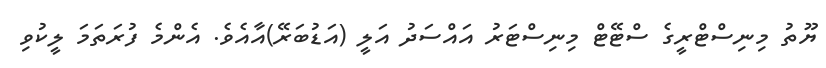
ޔޫތު މިނިސްޓްރީގެ ސްޓޭޓް މިނިސްޓަރު އައްސަދު އަލީ (އަޑުބަރޭ)އާއެވެ. އެންމެ ފުރަތަމަ ލީކުވި